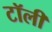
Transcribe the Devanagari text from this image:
टॉली